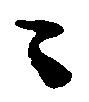
々